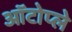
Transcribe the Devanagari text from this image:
ऑटोप्ले